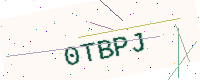
Text: 0TBPJ